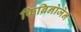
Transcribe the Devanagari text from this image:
फिब्रिनोजेन